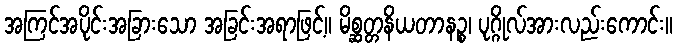
အကြင်အပိုင်းအခြားသော အခြင်းအရာဖြင့်။ မိစ္ဆတ္တနိယတာနဉ္စ၊ ပုဂ္ဂိုလ်အားလည်းကောင်း။